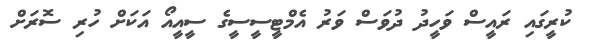
ކުރީގައި ރައީސް ވަހީދު ދުވަސް ވަރު އެމްޓީސީސީގެ ސީއީއޯ އަކަށް ހުރި ސޮރަށް